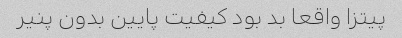
پیتزا واقعا بد بود کیفیت پایین بدون پنیر